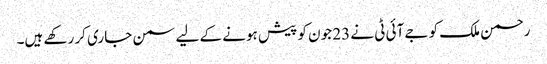
رحمن ملک کو جے آئی ٹی نے 23 جون کو پیش ہونے کے لیے سمن جاری کر رکھے ہیں۔